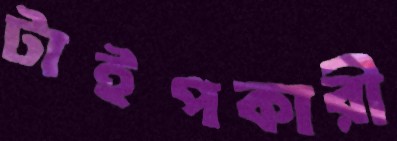
টাইপকারী